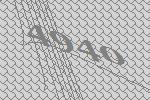
4940